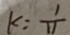
k : \frac { 1 } { 1 1 }